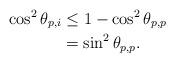
LaTeX: \begin{align*}\cos^2\theta_{p,i}&\leq 1 - \cos^2\theta_{p,p}\\&= \sin^2\theta_{p,p}.\end{align*}